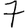
Digit: 7